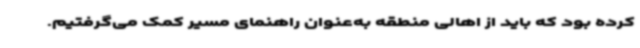
کرده بود که ‌باید از اهالی منطقه به‌عنوان راهنمای مسیر کمک می‌گرفتیم.